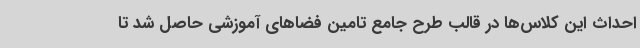
احداث این کلاس‌ها در قالب طرح جامع تامین فضاهای آموزشی حاصل شد تا